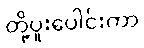
တို့ပူးပေါင်းကာ